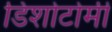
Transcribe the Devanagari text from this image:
डिशोटोमी